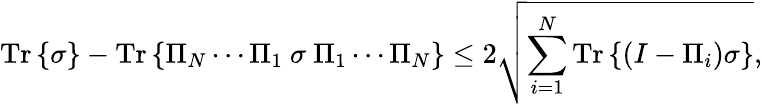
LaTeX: {\mathrm{Tr}}\left\{ \sigma\right\} -{\mathrm{Tr}}\left\{ \Pi_{N}\cdots\Pi_{1}\ \sigma\ \Pi_{1}\cdots\Pi_{N}\right\} \leq 2{\sqrt{\sum_{i=1}^{N}{\mathrm{Tr}}\left\{ \left(I-\Pi_{i}\right)\sigma\right\} }},